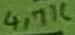
Text: 4,7K